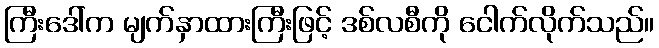
ကြီးဒေါ်က မျက်နှာထားကြီးဖြင့် ဒစ်လစီကို ငေါက်လိုက်သည်။